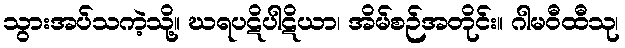
သွားအပ်သကဲ့သို့။ ဃရပဋိပါဋိယာ၊ အိမ်စဉ်အတိုင်း။ ဂါမဝီထီသု၊